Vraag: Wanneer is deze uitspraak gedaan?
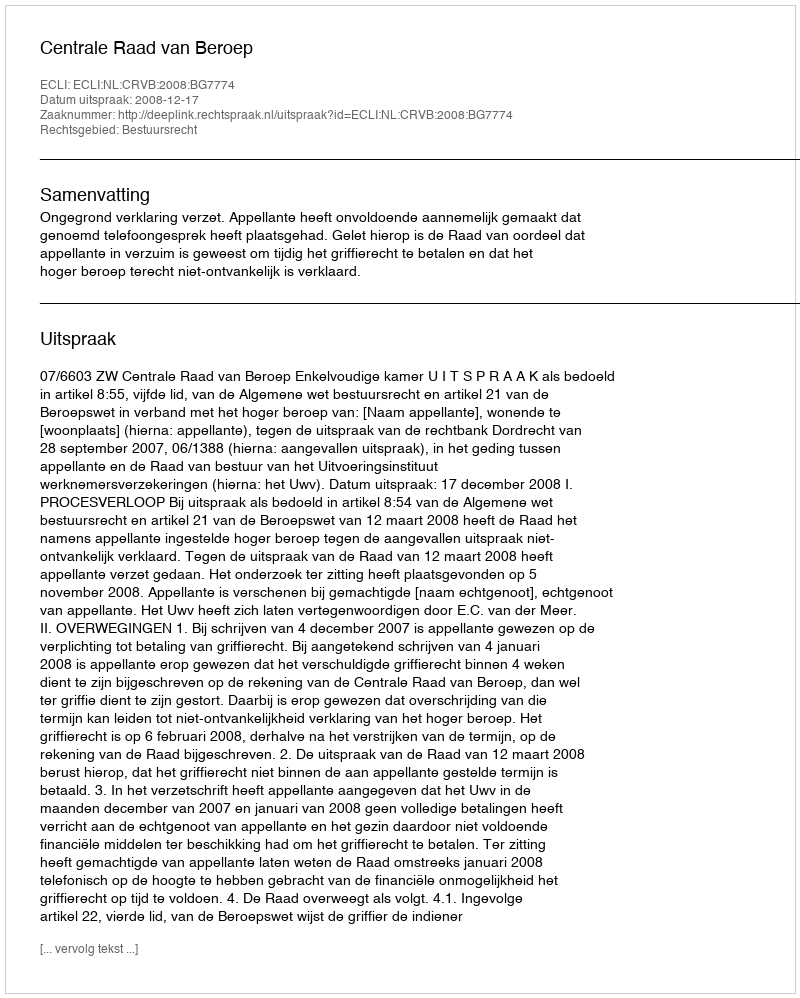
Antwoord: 2008-12-17